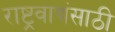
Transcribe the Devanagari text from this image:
राष्ट्रवाद्यंसाठी